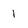
Character: 1